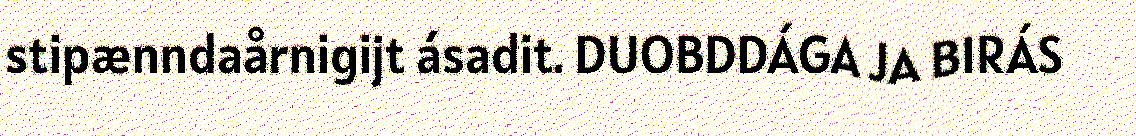
stipænndaårnigijt ásadit. DUOBDDÁGA JA BIRÁS